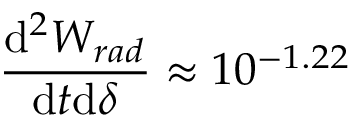
\frac { \mathrm { d } ^ { 2 } W _ { r a d } } { \mathrm { d } t \mathrm { d } \delta } \approx 1 0 ^ { - 1 . 2 2 }